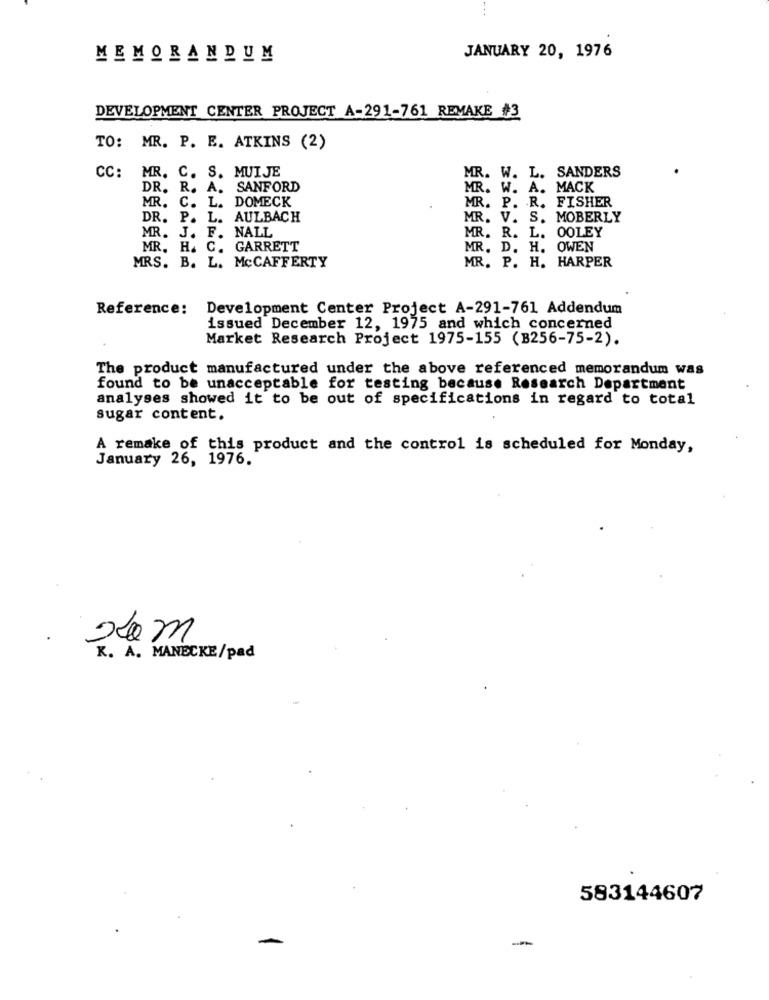
...
MEMORANDUM
JANUARY 20, 1976
DEVELOPMENT CENTER PROJECT A-291-761 REMAKE #3
TO: MR. P. E. ATKINS (2)
MR. W. L. SANDERS
CC: MR. C. S. MUIJE
DR. R. A. SANFORD
MR. W. A. MACK
MR. C. L. DOMECK
MR. P. R. FISHER
DR. P. L. AULBACH
MR. V. S. MOBERLY
MR. J. F. NALL
MR. R. L. OOLEY
MR. H. C. GARRETT
MR. D. H. OWEN
MRS. B. L. MCCAFFERTY
MR. P. H. HARPER
Reference:
Development Center Project A-291-761 Addendum
issued December 12, 1975 and which concerned
Market Research Project 1975-155 (B256-75-2).
The product manufactured under the above referenced memorandum was
found to be unacceptable for testing because Research Department
analyses showed it to be out of specifications in regard to total
sugar content.
A remake of this product and the control is scheduled for Monday,
January 26, 1976.
K. A. MANECKE/pad
583144607
-